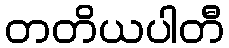
တတိယပါတီ